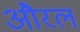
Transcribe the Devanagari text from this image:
औरल